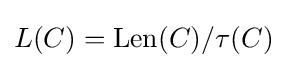
L(C)=\operatorname {Len} (C)/\tau (C)